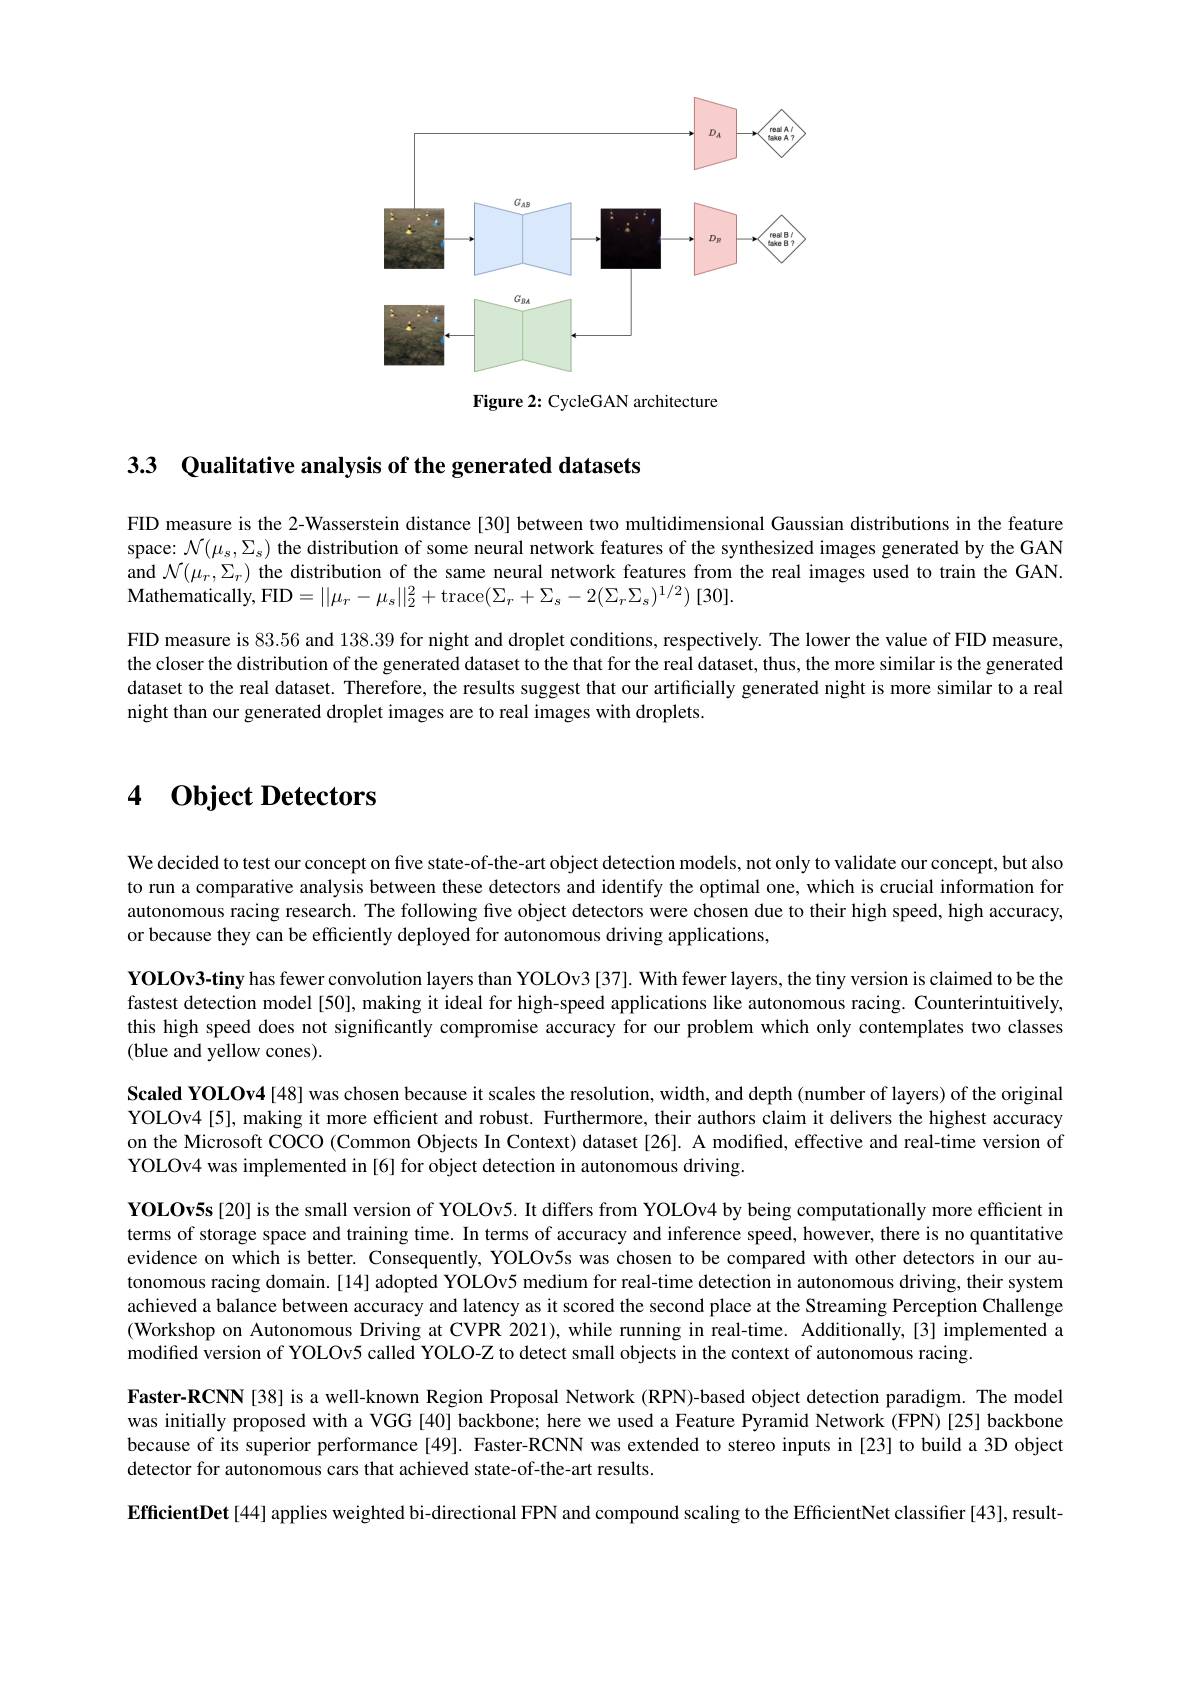
<FigureHere>

Figure 2: CycleGAN architecture

3.3 Qualitative analysis of the generated datasets

FID measure is the 2-Wasserstein distance [30] between two multidimensional Gaussian distributions in the feature space: $\mathcal{N}(\mu_s,\Sigma_s)$ the distribution of some neural network features of the synthesized images generated by the GAN and $\mathcal{N}(\mu_r,\Sigma_r)$ the distribution of the same neural network features from the real images used to train the GAN. Mathematically, FID$= | | \mu _{r}- \mu _{s}| | _{2}^{2}+$trace$( \Sigma _{r}+ \Sigma _{s}- 2( \Sigma _{r}\Sigma _{s}) ^{1/ 2})$ [30].

FID measure is 83.56 and 138.39 for night and droplet conditions, respectively. The lower the value of FID measure, the closer the distribution of the generated dataset to the that for the real dataset, thus, the more similar is the generated dataset to the real dataset. Therefore, the results suggest that our artificially generated night is more similar to a real night than our generated droplet images are to real images with droplets.

4 $\textbf{Object Detectors}$

We decided to test our concept on five state-of-the-art object detection models, not only to validate our concept, but also to run a comparative analysis between these detectors and identify the optimal one, which is crucial information for autonomous racing research. The following five object detectors were chosen due to their high speed, high accuracy, or because they can be efficiently deployed for autonomous driving applications,

YOLOv3-tiny has fewer convolution layers than YOLOv3 [37]. With fewer layers, the tiny version is claimed to be the fastest detection model [50], making it ideal for high-speed applications like autonomous racing. Counterintuitively, this high speed does not significantly compromise accuracy for our problem which only contemplates two classes (blue and yellow cones).

Scaled YOLOv4[48] was chosen because it scales the resolution, width, and depth (number of layers) of the original YOLOv4[5], making it more efficient and robust. Furthermore, their authors claim it delivers the highest accuracy on the Microsoft COCO (Common Objects In Context) dataset [26]. A modified, effective and real-time version of YOLOv4 was implemented in [6] for object detection in autonomous driving.

YOLOv5s[20] is the small version of YOLOv5. It differs from YOLOv4 by being computationally more efficient in terms of storage space and training time. In terms of accuracy and inference speed, however, there is no quantitative evidence on which is better. Consequently, YOLOv5s was chosen to be compared with other detectors in our autonomous racing domain.[14] adopted YOLOv5 medium for real-time detection in autonomous driving, their system achieved a balance between accuracy and latency as it scored the second place at the Streaming Perception Challenge (Workshop on Autonomous Driving at CVPR 2021), while running in real-time. Additionally,[3] implemented a modified version of YOLOv5 called YOLO-Z to detect small objects in the context of autonomous racing.
Faster-RCNN[38] is a well-known Region Proposal Network (RPN)-based object detection paradigm. The model was initially proposed with a VGG [40] backbone; here we used a Feature Pyramid Network (FPN) [25] backbone because of its superior performance [49]. Faster-RCNN was extended to stereo inputs in [23] to build a 3D object detector for autonomous cars that achieved state-of-the-art results.

EfficientDet [44] applies weighted bi-directional FPN and compound scaling to the EfficientNet classifier [43], result-